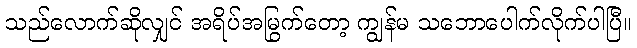
သည်လောက်ဆိုလျှင် အရိပ်အမြွက်တော့ ကျွန်မ သဘောပေါက်လိုက်ပါပြီ။